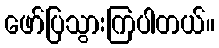
ဖော်ပြသွားကြပါတယ်။